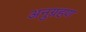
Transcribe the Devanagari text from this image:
अनुग्रहण